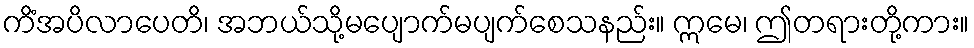
ကိံအပိလာပေတိ၊ အဘယ်သို့မပျောက်မပျက်စေသနည်း။ ဣမေ၊ ဤတရားတို့ကား။